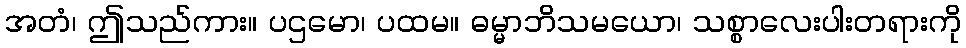
အတံ၊ ဤသည်ကား။ ပဌမော၊ ပထမ။ ဓမ္မာဘိသမယော၊ သစ္စာလေးပါးတရားကို